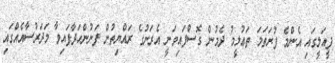
ފީއަލީގައި އެންމެ ފުރަތަމަ ތަޢުލީމު ދެމުން ގޮސްފައިވަނީ އެރަށުގެ ރައްޔިތުން ފަނުންހަދާފައިވާ މަދަރުސާއެއްގައި